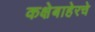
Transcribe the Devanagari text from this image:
कक्षेबाहेरचे